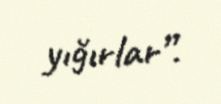
yığırlar”.